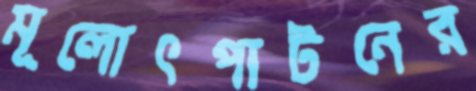
মূলোৎপাটনের